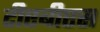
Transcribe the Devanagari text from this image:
टीएबीएस